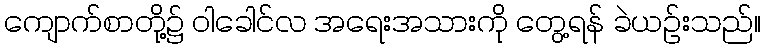
ကျောက်စာတို့၌ ဝါခေါင်လ အရေးအသားကို တွေ့ရန် ခဲယဉ်းသည်။